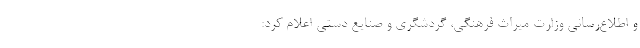
و اطلاع‌رسانی وزارت میراث فرهنگی، گردشگری و صنایع دستی اعلام کرد: